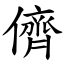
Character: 儕